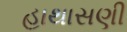
હાથાસણી